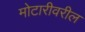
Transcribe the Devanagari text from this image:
मोटारीवरील